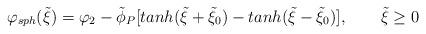
LaTeX: \begin{align*}\varphi_{sph}(\tilde\xi)=\varphi_2-\tilde\phi_P[tanh(\tilde\xi+\tilde\xi_0)-tanh(\tilde\xi-\tilde\xi_0)],~~~~~~\tilde\xi \geq 0\end{align*}